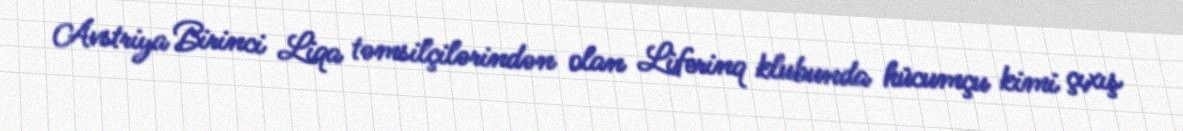
Avstriya Birinci Liqa təmsilçilərindən olan Liferinq klubunda hücumçu kimi çıxış